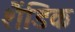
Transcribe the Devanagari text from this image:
शैंडिक